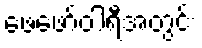
ဖေဖော်ဝါရီအတွင်း